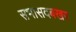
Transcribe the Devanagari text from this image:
सभासदबखर